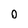
Character: 0